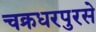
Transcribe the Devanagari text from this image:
चक्रधरपुरसे